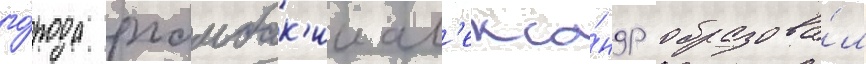
го́рода рхамбак'ии ал'екса́ндр образова́л